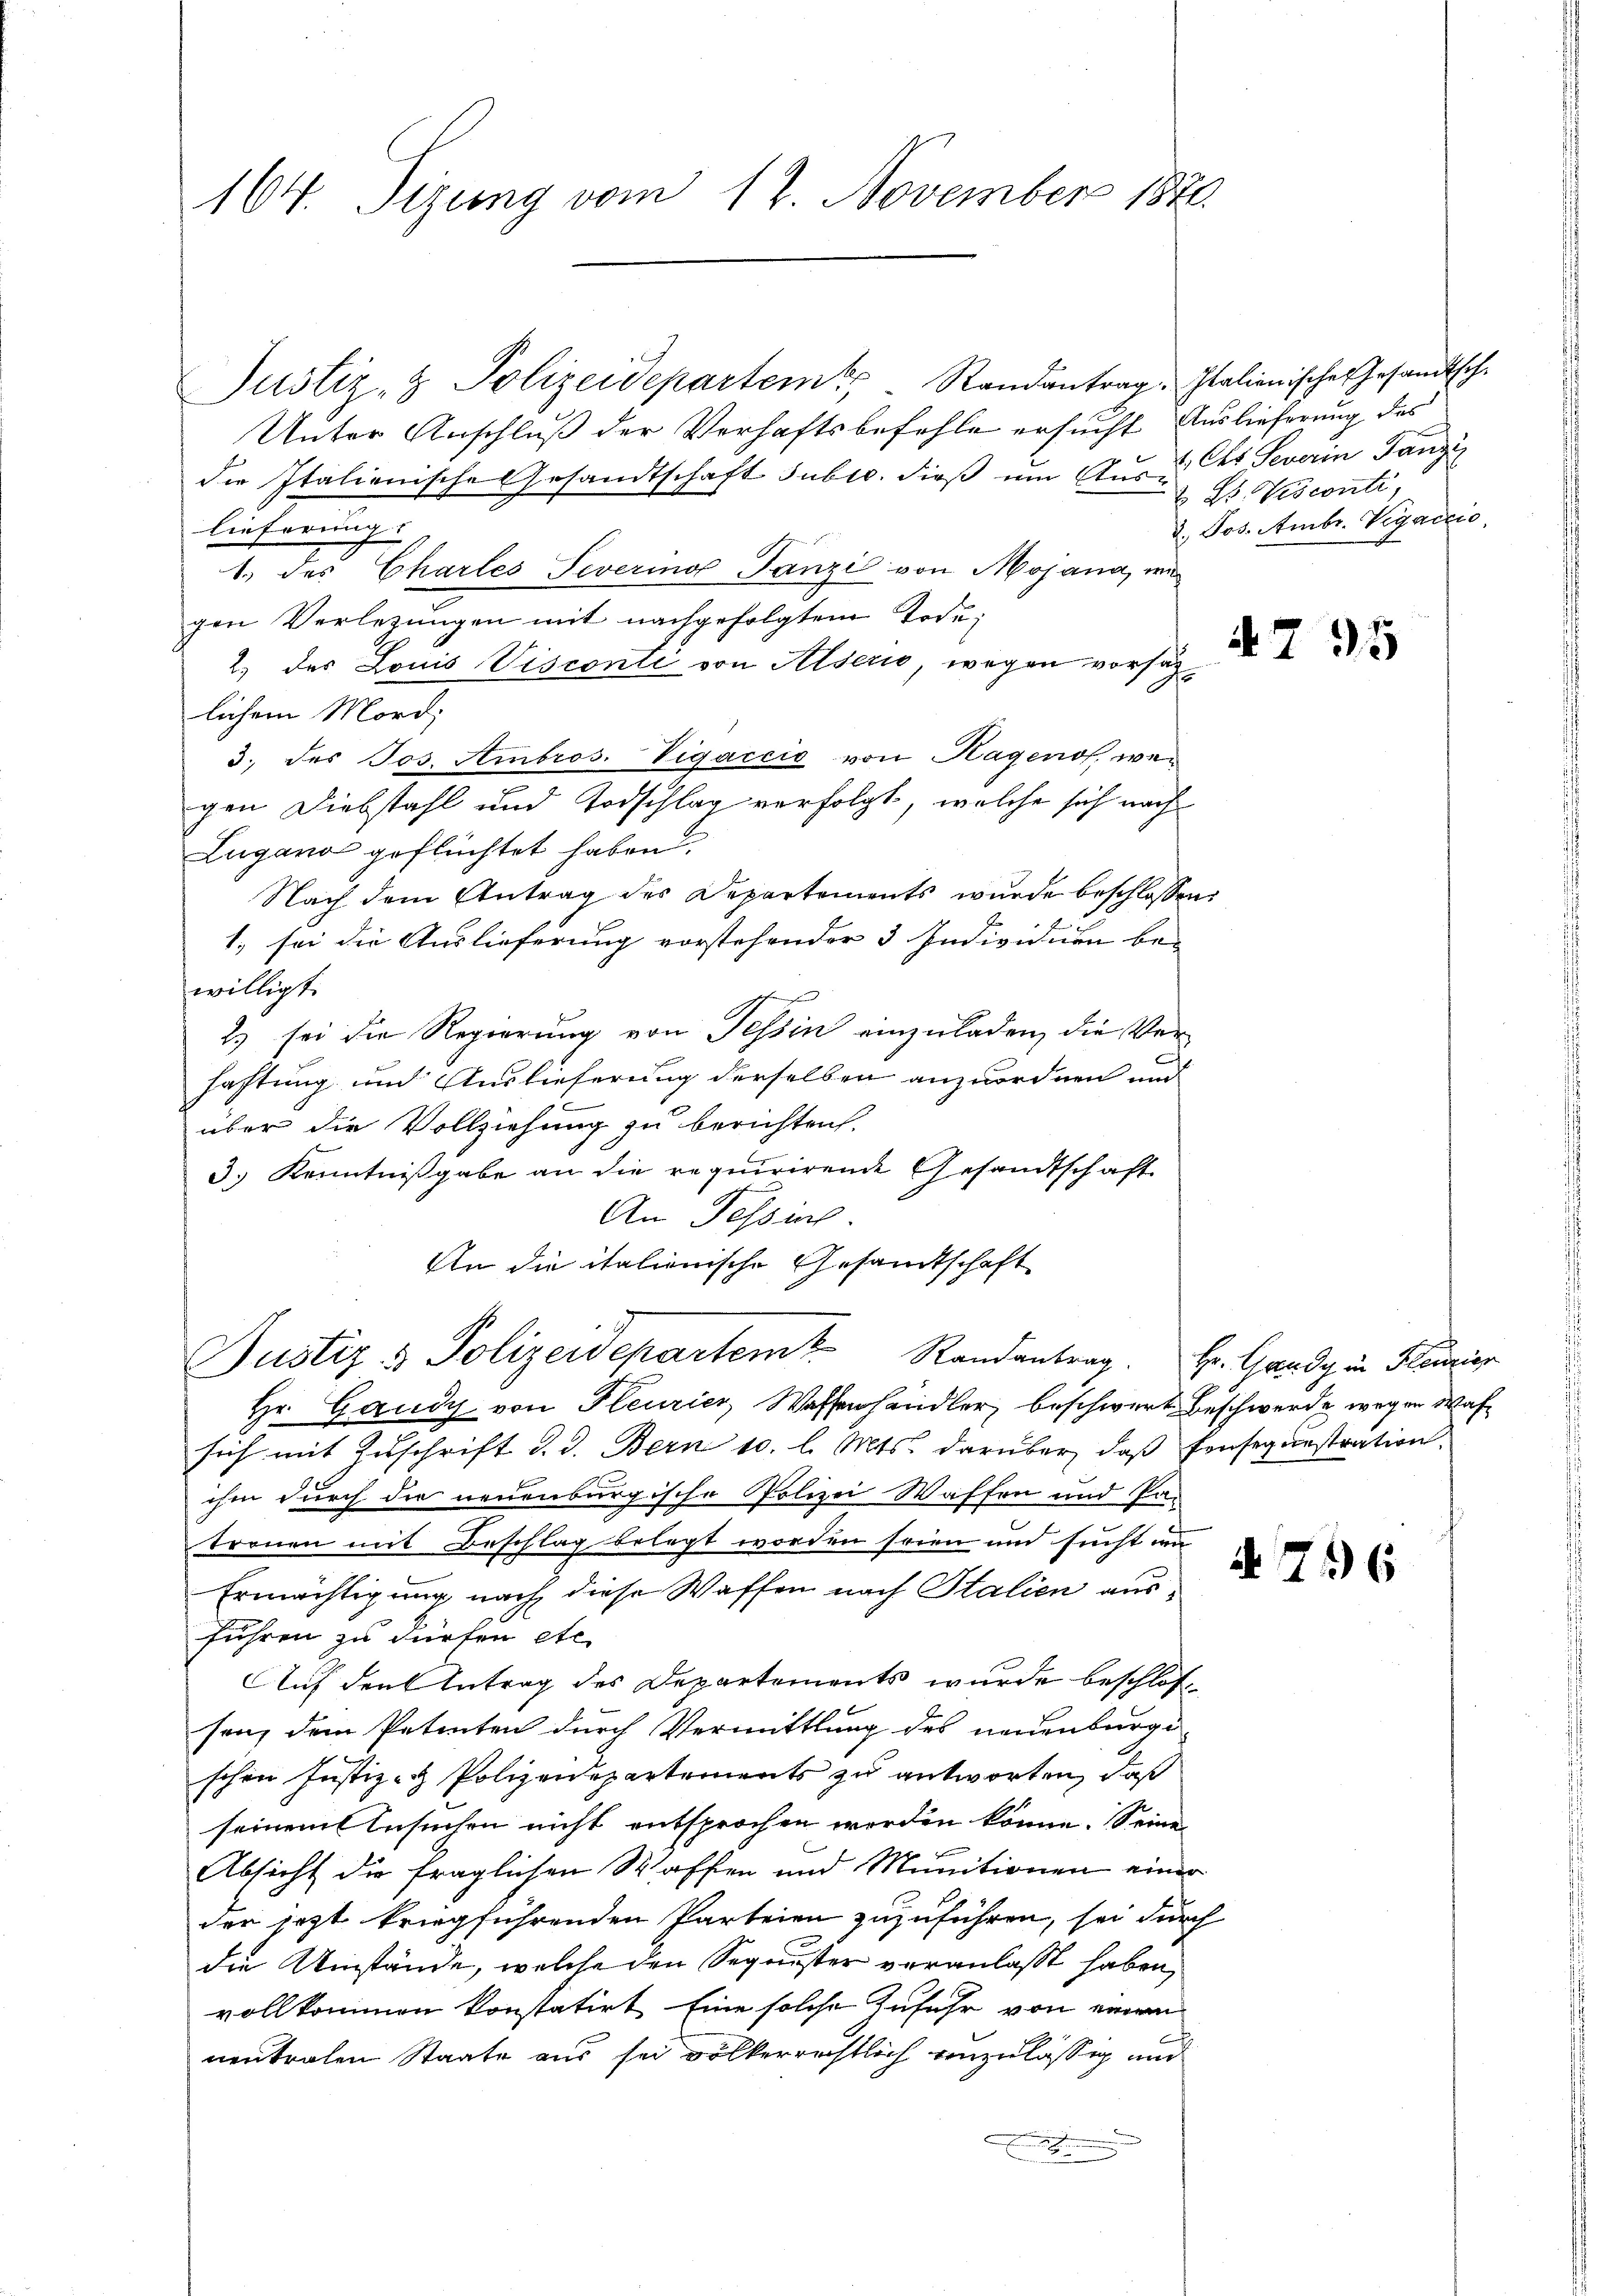
164. Tizung vom 12. November 1870

Justiz- & Polizeidepartem Randantrag. Italienische Gesandtsche
Unter Anschluß der Verhaftsbefehle ersucht Auslieferung des
die Italienische Gesandtschaft subro. dieß um Aus des Severin Tanzis
lieferung
1. des Chartes Severino Panzi von Mojana, wie
gen Verlegungen mit nachgefolgtem Tode,
2) des Louis Visconti von Alseris, wegen vorsätzlichem Mord,
3. des Jos. Ambros. Vigaccio von Hagenos, wegen Diebstahl und Todschlag verfolgt, welche sich nach
Lugano geflüchtet haben.
Nach dem Antrag des Departements wurde beschlosse
1. sei die Auslieferung vorstehender 3 Individuen bei
willigt.
2) sei die Regierung von Tessin einzuladen, die Verhaftung und Auslieferung derselben anzuordnen und
über die Vollziehung zu berichten.
3.) Kenntnißgabe an die requirirende Gesandtschaft
An Fessers.
An die italienische Gesandtschaft
Justiz- & Polizeidepartem Randantrag. Hr. Gaudy in Planier
Hr. Gandy von Pleurier, Wassenhändler, beschwert Beschwerde wegen Wafsich mit Zuschrift d. d. Bern 10. l. Mts. darüber, daß fensequestration
ihm durch die neuenburgische Polizei Waffen und Pan
tronen mit Beschlag belegt worden seien und sucht in
Ermächtigung nach diese Waffen nach Italien ausfuhren zu dürfen etc.
Auf den Antrag des Departements wurde beschlossen, dem Petenten durch Vermittlung des neuenburge
schen Justiz- & Polizeidepartements zu antworten, daß
seinem Ansuchen nicht entsprochen worden könne. Seine
Absicht die fraglichen Waffen und Munitionen eine
der jezt kriegführenden Parteien zuzuführen, sei für
die Umstände, welche den Segeister veranlaßt haben,
vollkommen konstatirt. Eine solche Zufuhr von einem
neutralen Staate aus sei völkerrechtlich einzulässig und

Bs. Visconti,
2. Jos. Ambr. Vigaccio

uns

4795

4796